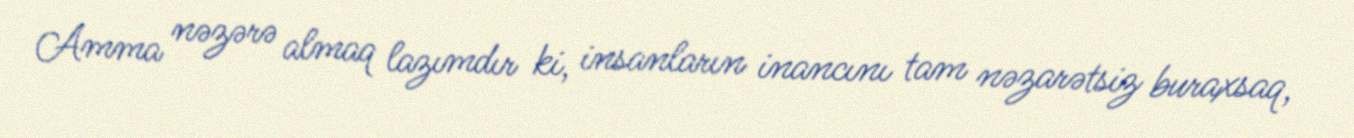
Amma nəzərə almaq lazımdır ki, insanların inancını tam nəzarətsiz buraxsaq,